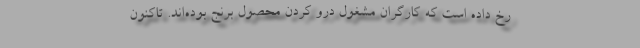
رخ داده است که کارگران مشغول درو کردن محصول برنج بوده‌اند. تاکنون